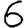
Digit: 6